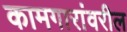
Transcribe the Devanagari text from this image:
कामगारांवरील